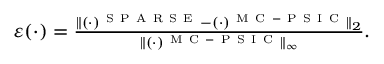
\begin{array} { r } { \varepsilon ( \cdot ) = \frac { \| ( \cdot ) ^ { \mathrm { ~ S ~ P ~ A ~ R ~ S ~ E ~ } } - ( \cdot ) ^ { \mathrm { ~ M ~ C ~ - ~ P ~ S ~ I ~ C ~ } } \| _ { 2 } } { \| ( \cdot ) ^ { \mathrm { ~ M ~ C ~ - ~ P ~ S ~ I ~ C ~ } } \| _ { \infty } } . } \end{array}